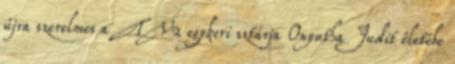
újra szerelmes a TV2 egykori sztárja Onyutha Judit éle­tébe